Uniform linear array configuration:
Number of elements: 24
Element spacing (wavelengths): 1
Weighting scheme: blackman
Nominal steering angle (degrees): -45
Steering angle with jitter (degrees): -44.98
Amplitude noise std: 0.05
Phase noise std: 0.05

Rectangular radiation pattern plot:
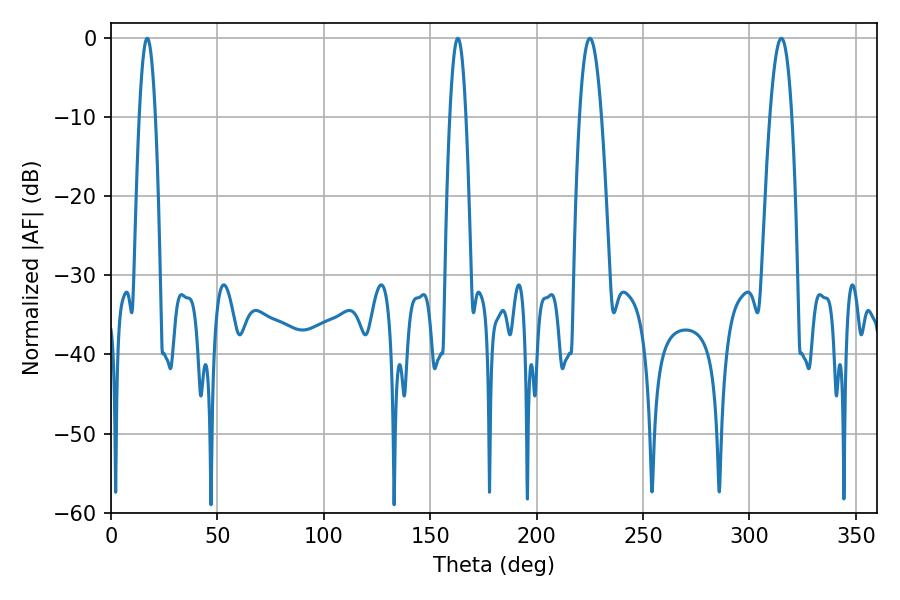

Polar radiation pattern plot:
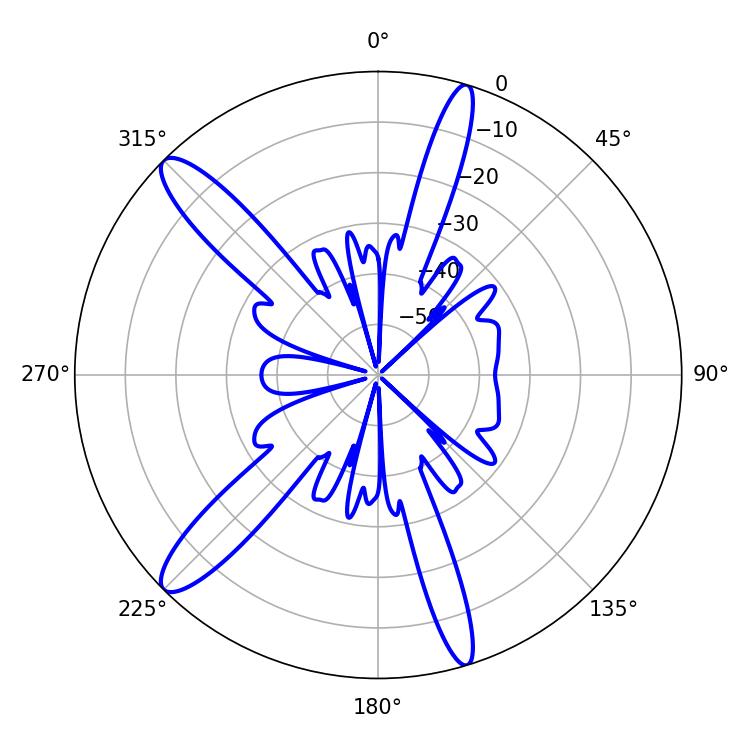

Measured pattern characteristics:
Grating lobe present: TRUE
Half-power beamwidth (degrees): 5.58
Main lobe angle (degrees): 225